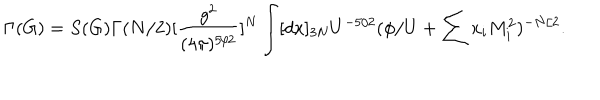
LaTeX: \Gamma ( G ) = S ( G ) \Gamma ( N / 2 ) [ \frac { g ^ { 2 } } { ( 4 \pi ) ^ { 5 / 2 } } ] ^ { N } \int [ d x ] _ { 3 N } U ^ { - 5 / 2 } ( \phi / U + \sum x _ { i } M _ { i } ^ { 2 } ) ^ { - N / 2 } .